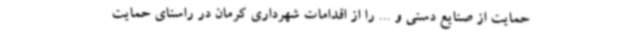
حمایت از صنایع دستی و ... را از اقدامات شهرداری کرمان در راستای حمایت